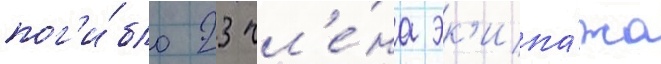
пог'и́бло 23 чл'е́на эк'ипа́жа